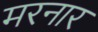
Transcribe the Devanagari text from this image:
मरनार